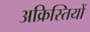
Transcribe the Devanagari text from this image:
अक्रिस्तियों